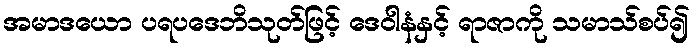
အမာဒယော ပရပဒေဘိသုတ်ဖြင့် ဒေဝါနံနှင့် ရာဇာကို သမာသ်စပ်၍